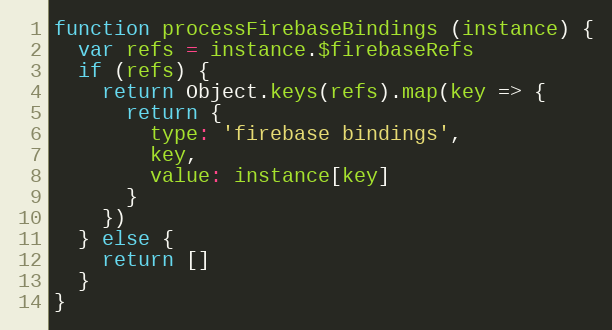
Language: JavaScript
function processFirebaseBindings (instance) {
  var refs = instance.$firebaseRefs
  if (refs) {
    return Object.keys(refs).map(key => {
      return {
        type: 'firebase bindings',
        key,
        value: instance[key]
      }
    })
  } else {
    return []
  }
}